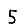
Digit: 5